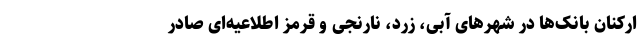
ارکنان بانک‌ها در شهرهای آبی، زرد،‌ نارنجی و قرمز اطلاعیه‌ای صادر